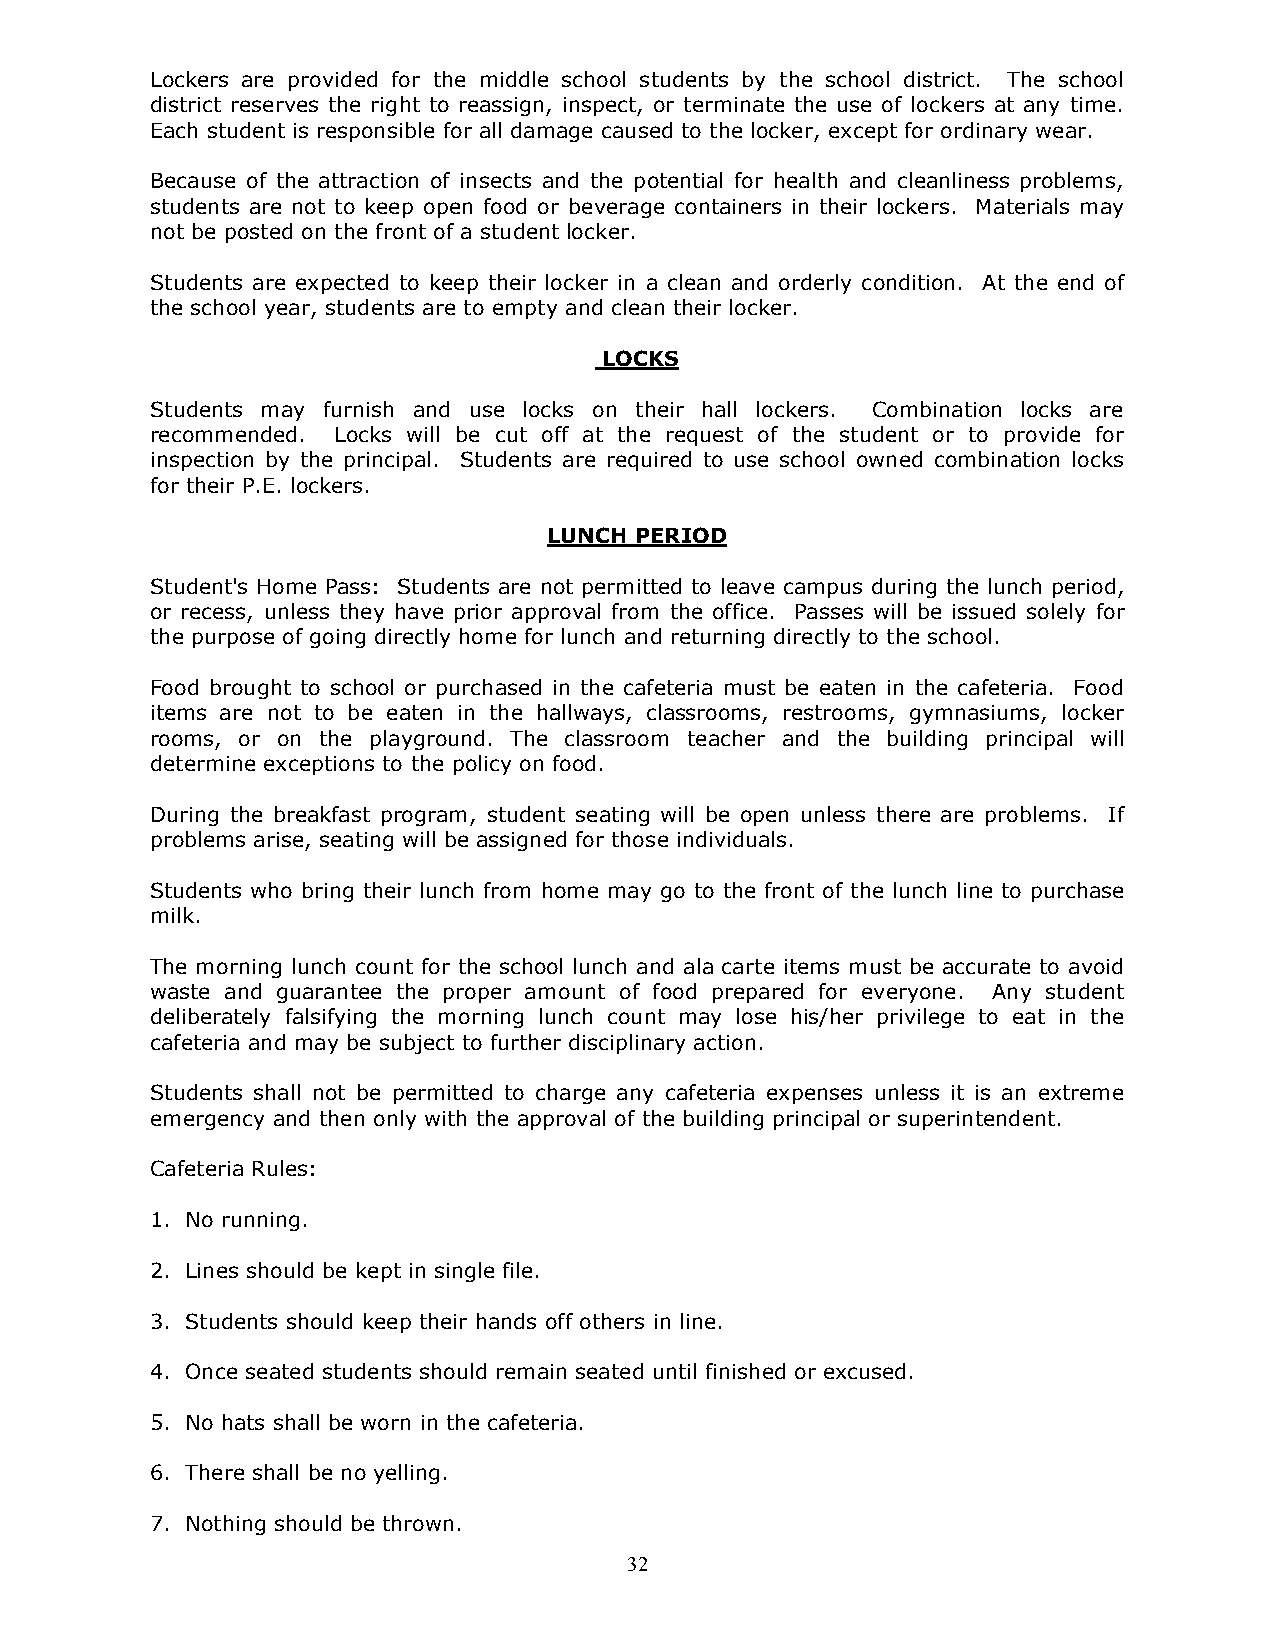
Lockers are provided for the middle school students by the school district. The school
 district reserves the right to reassign, inspect, or terminate the use of lockers at any time.
 Each student is responsible for all damage caused to the locker, except for ordinary wear.
 Because of the attraction of insects and the potential for health and cleanliness problems,
 students are not to keep open food or beverage containers in their lockers. Materials may
 not be posted on the front of a student locker.
 Students are expected to keep their locker in a clean and orderly condition. At the end of
 the school year, students are to empty and clean their locker.
 LOCKS
 Students may furnish and use locks on their hall lockers. Combination locks are
 recommended. Locks will be cut off at the request of the student or to provide for
 inspection by the principal. Students are required to use school owned combination locks
 for their P.E. lockers.
 LUNCH PERIOD
 Student's Home Pass: Students are not permitted to leave campus during the lunch period,
 or recess, unless they have prior approval from the office. Passes will be issued solely for
 the purpose of going directly home for lunch and returning directly to the school.
 Food brought to school or purchased in the cafeteria must be eaten in the cafeteria. Food
 items are not to be eaten in the hallways, classrooms, restrooms, gymnasiums, locker
 rooms, or on the playground. The classroom teacher and the building principal will
 determine exceptions to the policy on food.
 During the breakfast program, student seating will be open unless there are problems. If
 problems arise, seating will be assigned for those individuals.
 Students who bring their lunch from home may go to the front of the lunch line to purchase
 milk.
 The morning lunch count for the school lunch and ala carte items must be accurate to avoid
 waste and guarantee the proper amount of food prepared for everyone. Any student
 deliberately falsifying the morning lunch count may lose his/her privilege to eat in the
 cafeteria and may be subject to further disciplinary action.
 Students shall not be permitted to charge any cafeteria expenses unless it is an extreme
 emergency and then only with the approval of the building principal or superintendent.
 Cafeteria Rules:
 1. No running.
 2. Lines should be kept in single file.
 3. Students should keep their hands off others in line.
 4. Once seated students should remain seated until finished or excused.
 5. No hats shall be worn in the cafeteria.
 6. There shall be no yelling.
 7. Nothing should be thrown.
 32